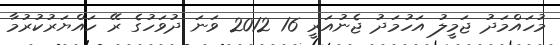
މުހައްމަދު ޖަމީލު އަހުމަދު ޖެނުއަރީ 16 2012 ވަނަ ދުވަހުގެ ރޭ ހައްޔަރުކުރުމާ